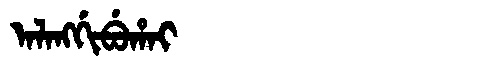
Manchu: ᠠᠯᠠᠩᡤᡳᠪᡠᡥᠠᡳ
Romanization: ALANGGIBUHAI